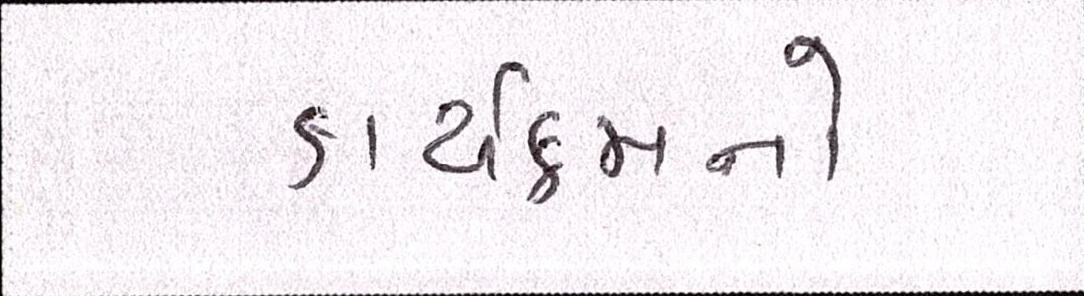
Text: કાર્યક્રમનો